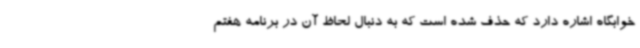
خوابگاه اشاره دارد که حذف شده است که به دنبال لحاظ آن در برنامه هفتم